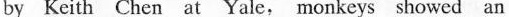
by Keith Chen at Yale, monkeys showed an